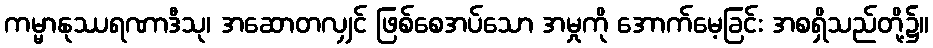
ကမ္မာနုဿရဏာဒီသု၊ အဆောတလျှင် ဖြစ်စေအပ်သော အမှုကို အောက်မေ့ခြင်း အစရှိသည်တို့၌။